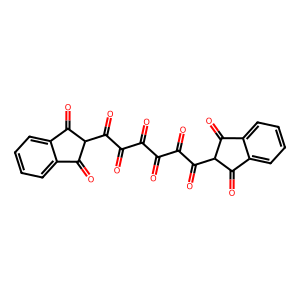
SMILES: O=C(C(=O)C(=O)C(=O)C1C(=O)c2ccccc2C1=O)C(=O)C(=O)C1C(=O)c2ccccc2C1=O
Inhibits HIV replication: No